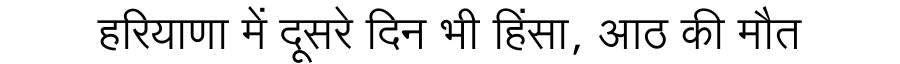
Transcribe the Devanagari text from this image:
हरियाणा में दूसरे दिन भी हिंसा, आठ की मौत